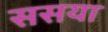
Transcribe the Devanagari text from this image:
ससया